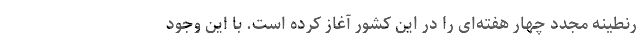
رنطینه مجدد چهار هفته‌ای را در این کشور آغاز کرده است. با این وجود